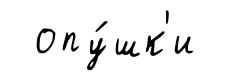
опу́шк'и